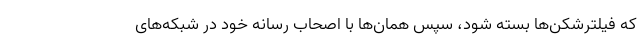
که فیلترشکن‌ها بسته شود، سپس همان‌ها با اصحاب رسانه‌ خود در شبکه‌های